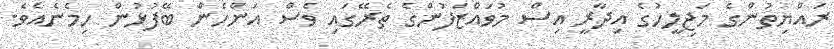
ރައްޔިތުންގެ މަޖިލީހުގެ އިދާރީ އިސް މުވައްޒަފުންގެ ތެރޭގައި ވެސް އަންހެން ބޭފުޅުން ހިމެނެއެވެ.